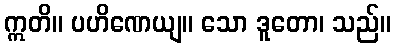
ဣတိ။ ပဟိဏေယျ။ သော ဒူတော၊ သည်။